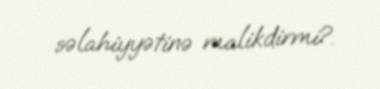
səlahiyyətinə malikdirmi?.